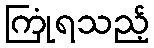
ကြုံရသည့်